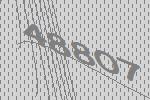
48807